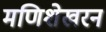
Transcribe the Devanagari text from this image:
मणिशेखरन